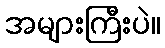
အများကြီးပဲ။